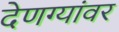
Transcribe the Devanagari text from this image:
देणग्यांवर